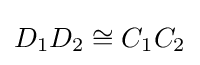
D_{1}D_{2}\cong C_{1}C_{2}